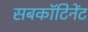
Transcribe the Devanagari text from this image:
सबकॉटिनेंट